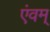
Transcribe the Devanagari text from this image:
एंवम्